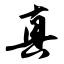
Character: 真